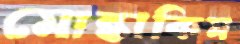
মোন্তাকিম